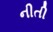
નીતી